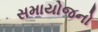
સમાયોજનો